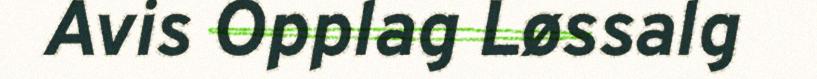
Avis Opplag Løssalg